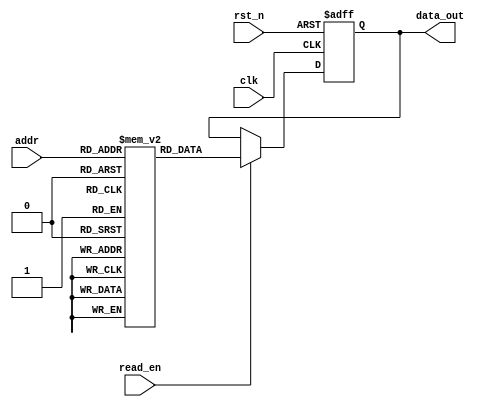
module memory_block (
    input wire clk,               // Main clock signal
    input wire rst_n,             // Active-low reset
    input wire [addr_width-1:0] addr, // Address input
    input wire read_en,           // Read enable signal
    output reg [data_width-1:0] data_out // Output data
);
    parameter addr_width = 8;     // Address width
    parameter data_width = 32;     // Data width
    parameter mem_size = 256;      // Memory size

    // Memory array (SRAM)
    reg [data_width-1:0] mem [0:mem_size-1];

    // Internal signals
    reg [data_width-1:0] prev_data; // To hold previous data
    wire output_change;              // Signal to indicate output change
    wire clk_en;                     // Clock enable signal

    // Output logic: Read data from memory
    always @(posedge clk or negedge rst_n) begin
        if (!rst_n) begin
            data_out <= 0;
            prev_data <= 0;
        end else if (read_en) begin
            data_out <= mem[addr];
        end
    end

    // Detect changes in output data
    assign output_change = (data_out != prev_data);

    // Clock gating control logic
    always @(posedge clk or negedge rst_n) begin
        if (!rst_n) begin
            prev_data <= 0;
        end else begin
            if (output_change) begin
                clk_en <= 1; // Enable clock if output changes
            end else begin
                clk_en <= 0; // Disable clock if output is stable
            end
            prev_data <= data_out; // Update previous data
        end
    end

    // Gated clock logic
    wire gated_clk;
    assign gated_clk = clk & clk_en; // Clock gating implementation

    // Memory operations are triggered on the gated clock
    always @(posedge gated_clk or negedge rst_n) begin
        if (!rst_n) begin
            // Reset logic for memory if needed
        end else if (read_en) begin
            // Perform read operation or any other necessary logic
            // This can be implemented here or in the output logic above
        end
    end

endmodule